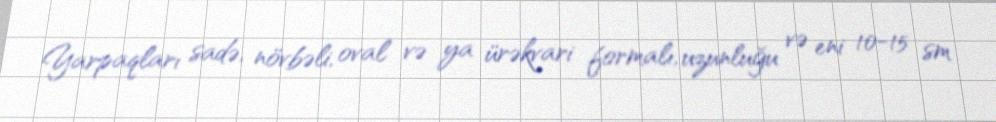
Yarpaqları sadə, növbəli, oval və ya ürəkvari formalı, uzunluğu və eni 10-15 sm